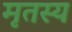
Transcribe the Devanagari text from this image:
मृतस्य